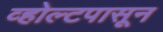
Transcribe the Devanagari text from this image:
व्होल्टपासून